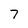
Character: 7